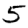
Digit: 5